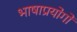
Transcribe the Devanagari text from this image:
भाषाप्रयोगों